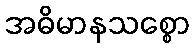
အဓိမာနသစ္စော